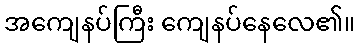
အကျေနပ်ကြီး ကျေနပ်နေလေ၏။